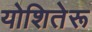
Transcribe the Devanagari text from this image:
योशितेरू